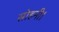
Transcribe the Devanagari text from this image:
सोहनी।